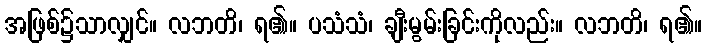
အဖြစ်၌သာလျှင်။ လဘတိ၊ ရ၏။ ပသံသံ၊ ချီးမွမ်းခြင်းကိုလည်း။ လဘတိ၊ ရ၏။